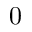
0